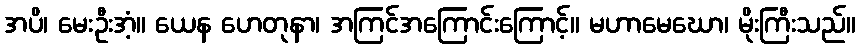
အပိ၊ မေးဦးအံ့။ ယေန ဟေတုနာ၊ အကြင်အကြောင်းကြောင့်။ မဟာမေဃော၊ မိုးကြီးသည်။